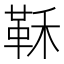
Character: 鞂